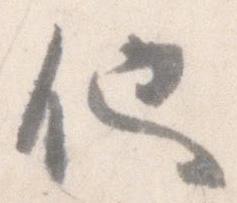
他